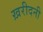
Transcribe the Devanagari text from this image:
ख़रीदनी